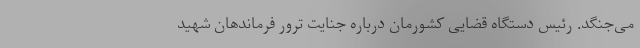
می‌جنگد. رئیس دستگاه قضایی کشورمان درباره جنایت ترور فرماندهان شهید